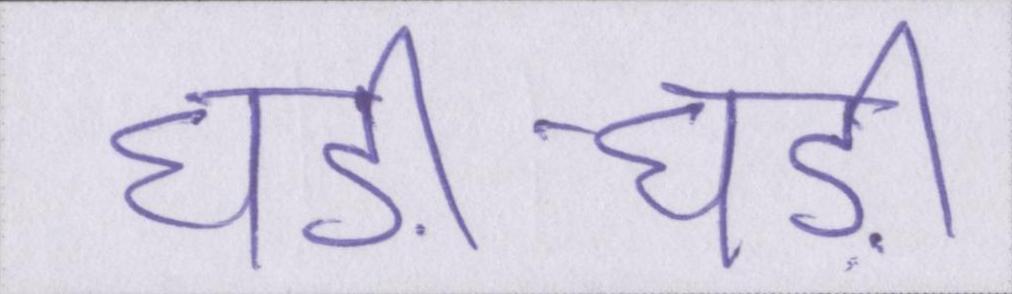
घड़ी-घड़ी